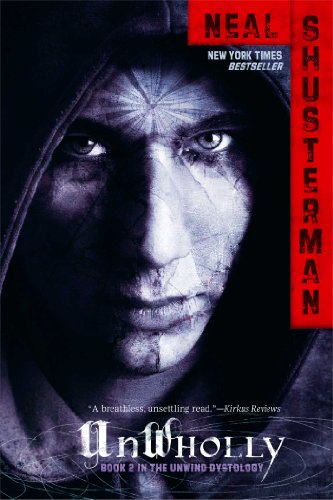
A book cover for UnWholly (Unwind Dystology); Neal Shusterman; Teen & Young Adult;